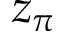
z _ { \pi }